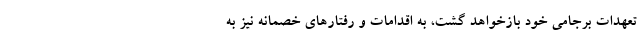
تعهدات برجامی خود بازخواهد گشت، به اقدامات و رفتارهای خصمانه نیز به